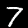
Digit: 7